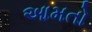
આમતો